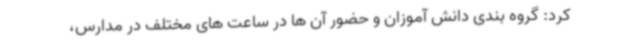
کرد: گروه بندی دانش آموزان و حضور آن ها در ساعت های مختلف در مدارس،